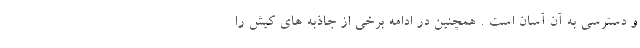
و دسترسی به آن آسان است . همچنین در ادامه برخی از جاذبه های کیش را